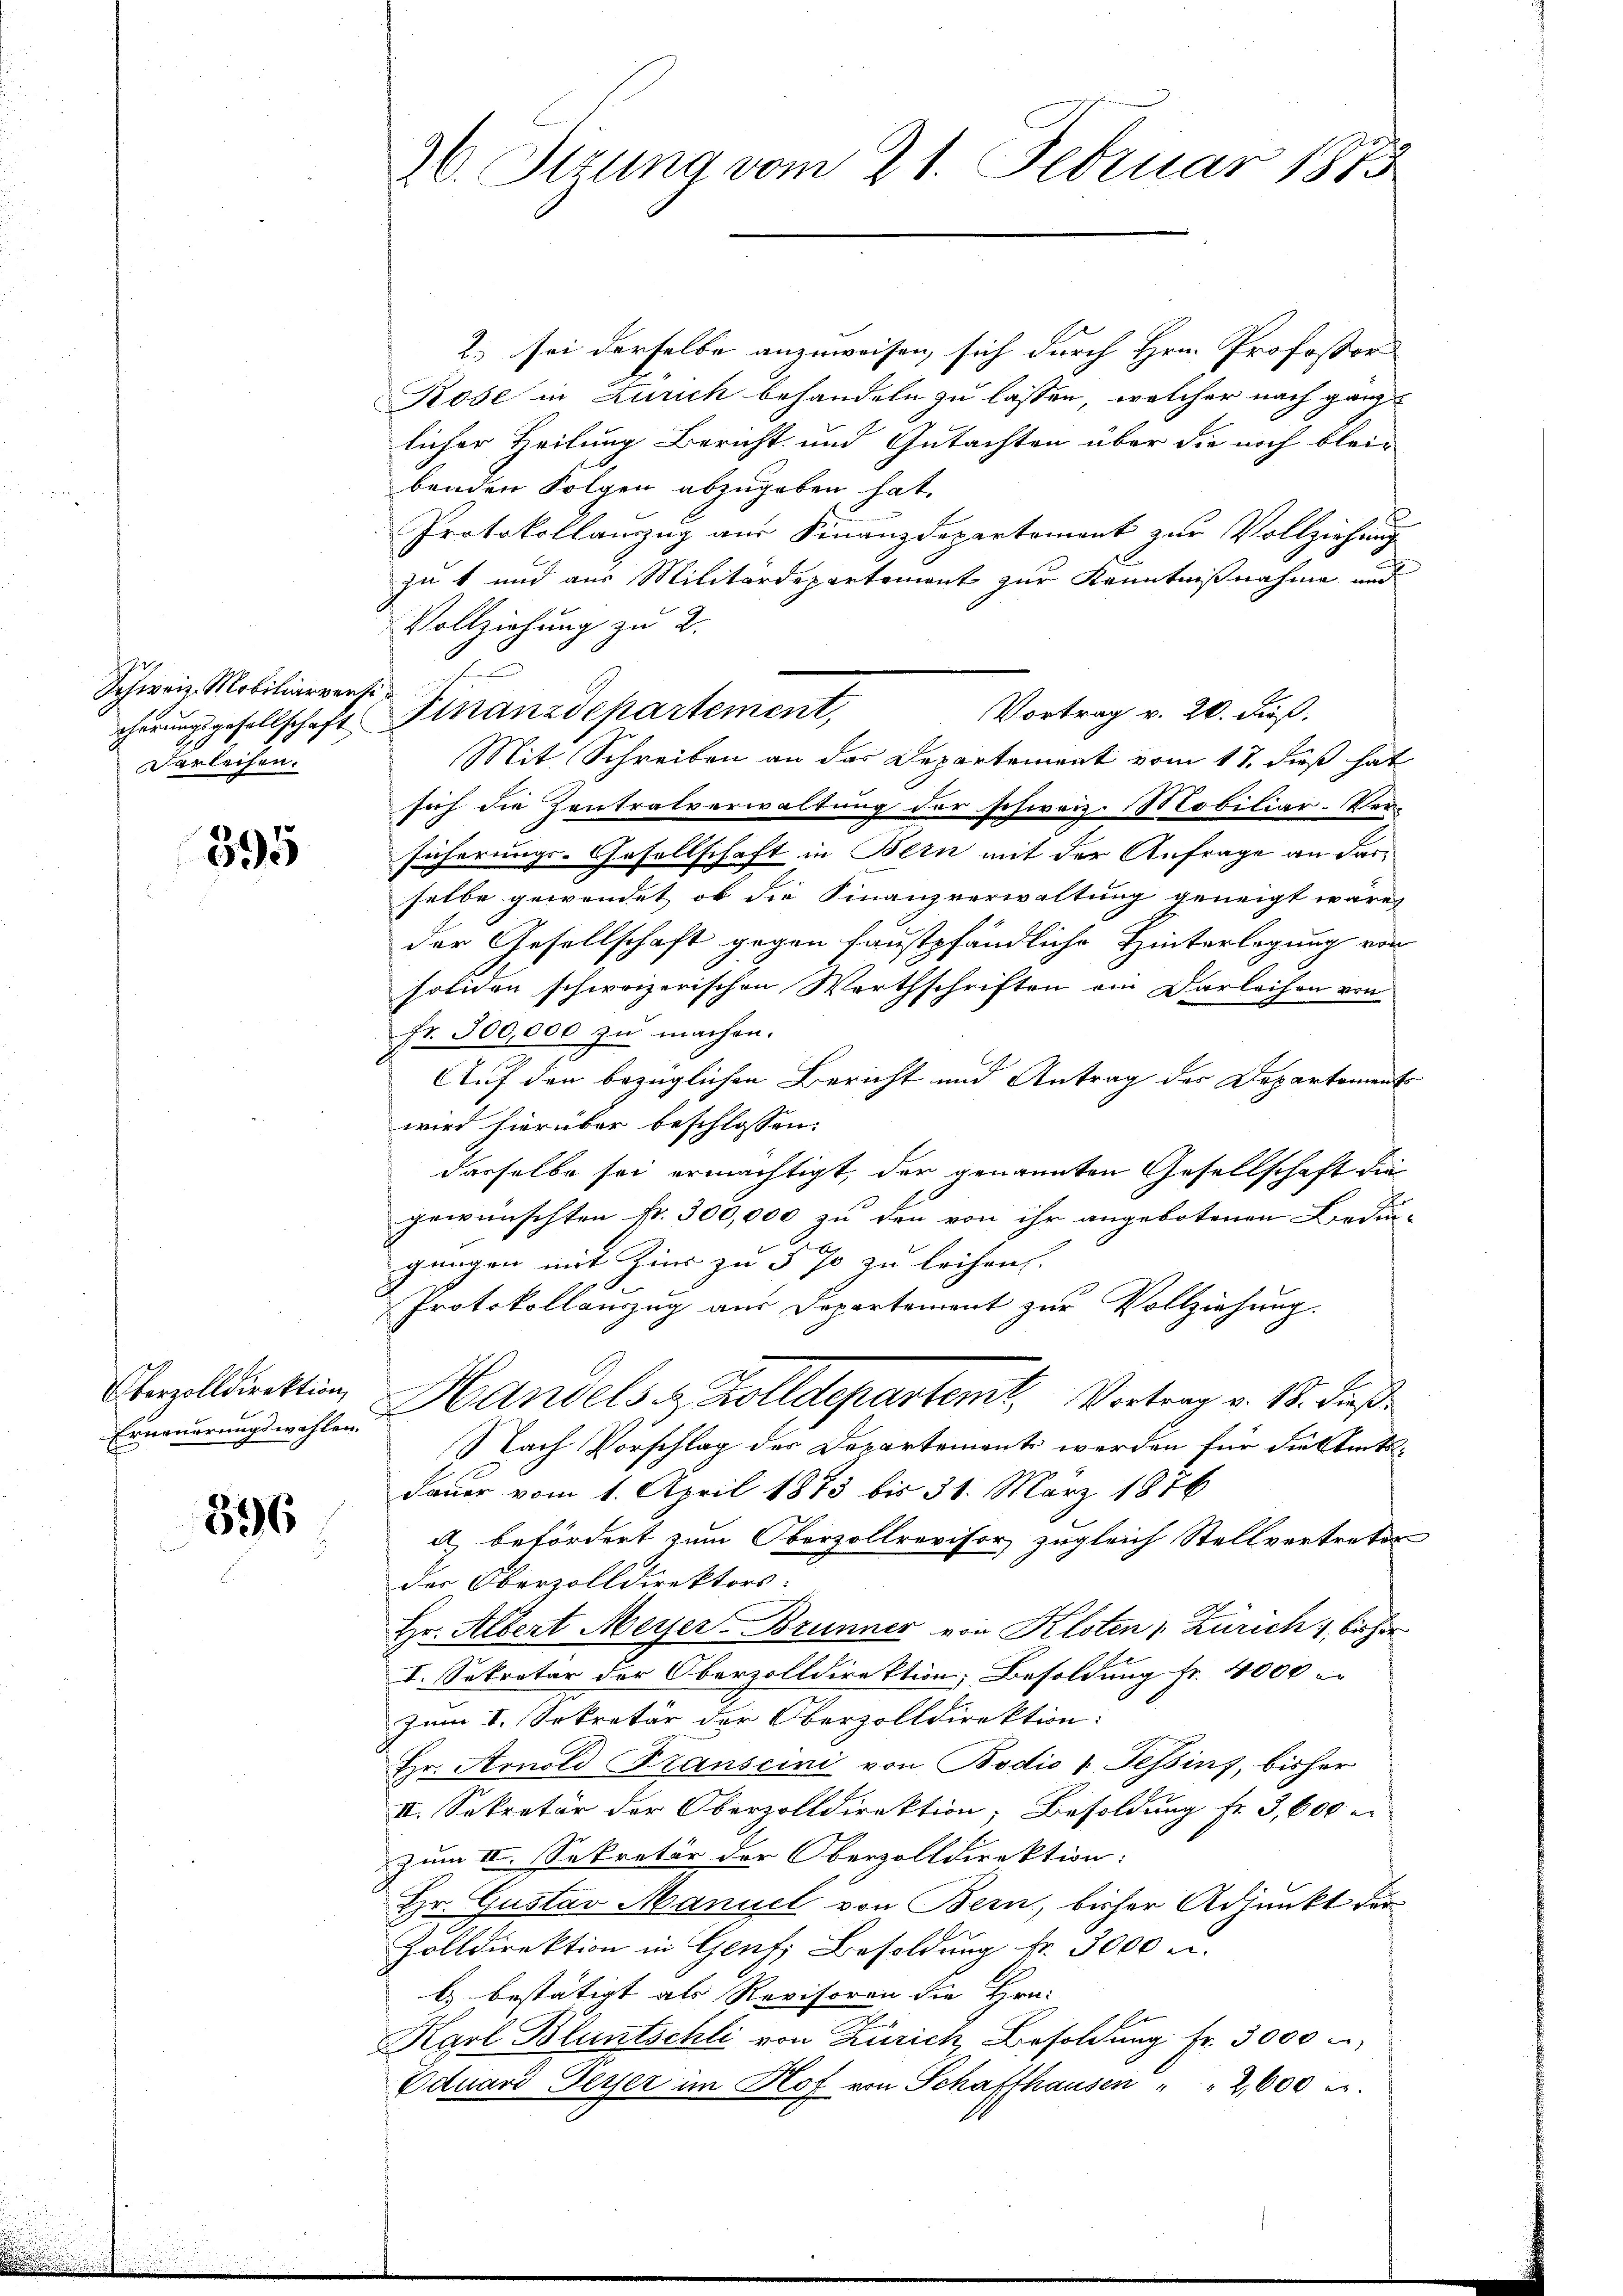
Schweiz. Mobiliarversi
verleihen.

395

Erneuerungswahlen.

596

2.) sei derselbe anzuweisen, sich durch Hrn. Professor
Rose in Zürich behandeln zu lassen, welcher nach ganz
licher Teilung Bericht und Gutachten über die noch bleibenden Folgen abzugeben hat.
Protokollanzug aus Finanzdepartement zur Vollziehung
zut und aus Militärdepartement zur Kenntnißnahme und
Vollziehung zu 2.
2
Vortrag v. 20. dieß.
cherungsgesellschaft Finanzdepartement,
Mit Schreiben an das Departement vom 17. dieß hat
sich die Zentralverwaltung der schweiz. Mobiliar-Versicherungs-Gesellschaft in Bern mit der Anfrage an darselbe gewendet, ob die Finanzverwaltung geneigt wäre,
der Gesellschaft gegen faustpfändliche Hinterlegung von
soliden schweizerischen Werthschriften ein Darleihen von
Fr. 500,000 zu machen.
Auf den bezüglichen Bericht und Antrag der Departements
wird hierüber beschlossen:
dasselbe sei ermächtigt, der genannten Gesellschaft die
gewünschten fr. 300,000 zu den von ihr angebotenen Bedin-
gungen mit Zins zu 5 % zu leihen.
Protokollauszug aus Departement zur Vollziehung.
Cezolldirektion, Handels in Kolldepartemb. Vortrag v. 18. dieß
Nach Vorschlag des Departement werden für die Amts¬
Dauer vom 1. April 1873 bis 31. März 1876
 befördert zum Oberzollrovisor zugleich Stellvertreter
des Oberzolldirektors.
Hr. Albert Meyer Brunner von Kloten, Zürich 1 bisher
I. Sekretär der Oberzolldirektion, Besoldung fr. 4000 l.
zum I. Sekretär der Oberzolldirektion:
Hr. Arnold Franscini von Bodio v. Tessins, bisher
II. Sekretär der Oberzolldirektion, Besoldung fr. 3,600 e
zum II. Sekretär der Oberzolldirektion:
Hr. Gustav Manuel von Bern, bisher Adjunkt der
Zolldirektion in Genf, Besoldung fr. 3000 u.
b) bestätigt als Revisoren die Hrn.
Karl Bluntschli von Zürich, Besoldung fr. 3000
Oduard Feyer im Hof von Schaffhausen " " 2,600 r.

26. Stzung vom 21. Februar 1875